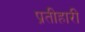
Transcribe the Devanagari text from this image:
प्रतीहारी